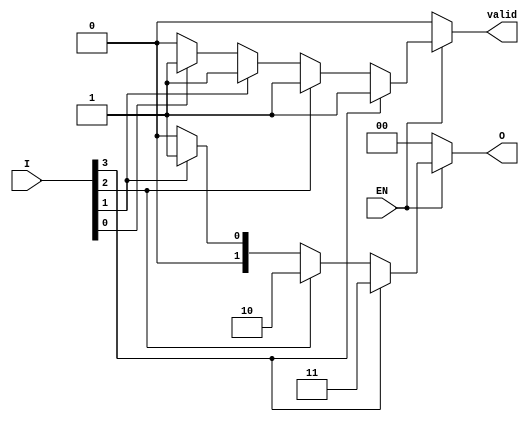
module one_of_n_encoder #(
    parameter N = 4 // Number of inputs (must be a power of 2)
)(
    input wire [N-1:0] I, // N input lines
    input wire EN,        // Enable signal
    output reg [$clog2(N)-1:0] O, // log2(N) output lines
    output reg valid      // Indicates if the output is valid
);

    integer i;

    always @(*) begin
        if (!EN) begin
            // When EN is low, set outputs to default state
            O = {$clog2(N){1'b0}};
            valid = 0;
        end else begin
            // Default output state
            O = {$clog2(N){1'b0}};
            valid = 0;

            // Check for the active input
            for (i = 0; i < N; i = i + 1) begin
                if (I[i]) begin
                    O = i[$clog2(N)-1:0]; // Assign the index of active input
                    valid = 1;            // Mark output as valid
                end
            end
        end
    end

endmodule